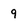
Character: g